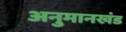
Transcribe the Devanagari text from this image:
अनुमानखंड